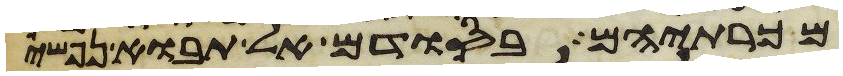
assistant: מכרתיהם בסודם אל תבוא נפשי